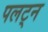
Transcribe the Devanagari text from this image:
पलट्न